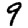
Digit: 9